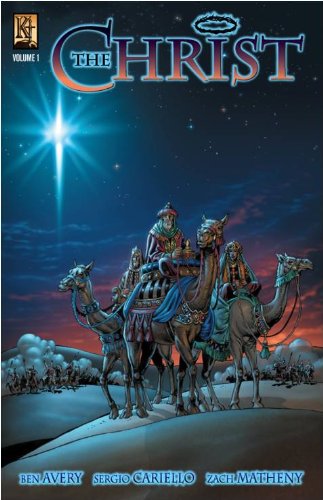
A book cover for The Christ Vol. 1; Ben Avery; Comics & Graphic Novels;